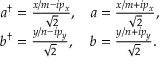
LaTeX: \begin{array} { l l } { { a ^ { \dagger } = \frac { x / m - i p _ { x } } { \sqrt { 2 } } , } } & { { a = \frac { x / m + i p _ { x } } { \sqrt { 2 } } , } } \\ { { b ^ { \dagger } = \frac { y / n - i p _ { y } } { \sqrt { 2 } } , } } & { { b = \frac { y / n + i p _ { y } } { \sqrt { 2 } } . } } \end{array}